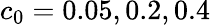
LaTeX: c_{0}=0.05,0.2,0.4